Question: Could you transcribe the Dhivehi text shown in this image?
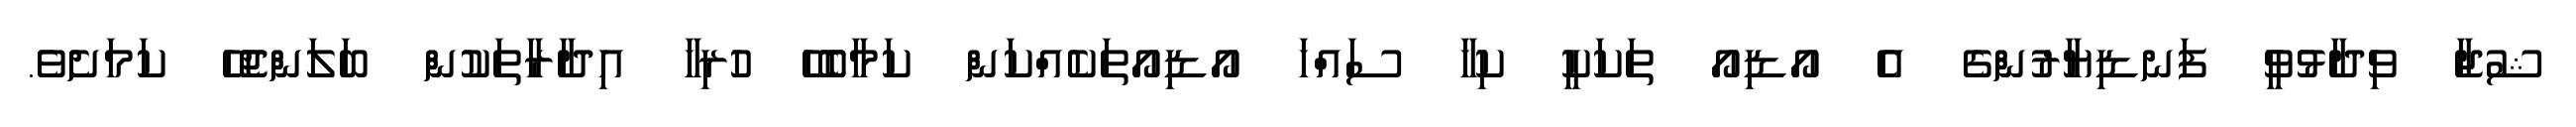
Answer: ޝުޖާ ވިދާޅުވީ ފަނޑިޔާރުންގެ އެ އޯޑިއޯ ތަކަކީ ކިހާ ސައްހަ އޯޑިއޯތަކެއްކަން ކަމާބެހޭ ހުރިހާ އިދާރާތަކުން ބަލަންޖެހޭ ކަމަށެވެ.